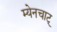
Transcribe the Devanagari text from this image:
म्येनचाट्